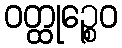
ဝတ္ထုဉ္စေဝ